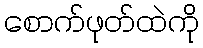
စောက်ဖုတ်ထဲကို